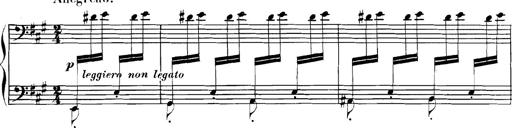
Title: Spinnerlied aus dem Fliegenden HollÃ¤nder
Composer: Franz Liszt